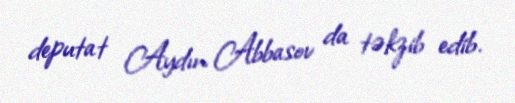
deputat Aydın Abbasov da təkzib edib.